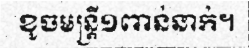
ខូចមន្ត្រី១ពាន់នាក់។